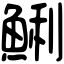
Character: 鯏